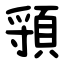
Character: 頱